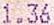
1.36